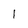
Character: 1